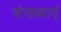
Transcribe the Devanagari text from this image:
संसथाएं